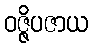
ဝဇ္ဇိပဇာယ